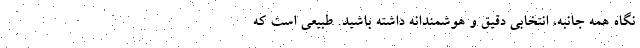
نگاه همه جانبه، انتخابی دقیق و هوشمندانه داشته باشید. طبیعی است که